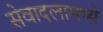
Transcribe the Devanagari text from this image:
सेवादलामध्ये